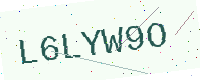
Text: L6LYW9O